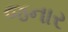
જનાર